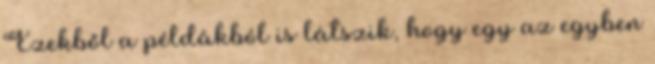
Ezekből a példákból is látszik, hogy egy az egyben